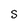
Character: S